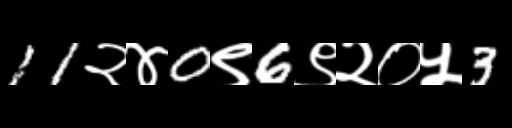
Text: 11२४0९6९२०५3